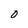
Character: 0